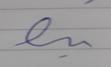
Signature authenticity: forged